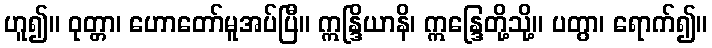
ဟူ၍။ ဝုတ္တာ၊ ဟောတော်မူအပ်ပြီ။ ဣန္ဒြိယာနိ၊ ဣန္ဒြေတို့သို့။ ပတွာ၊ ရောက်၍။